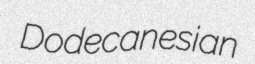
Dodecanesian